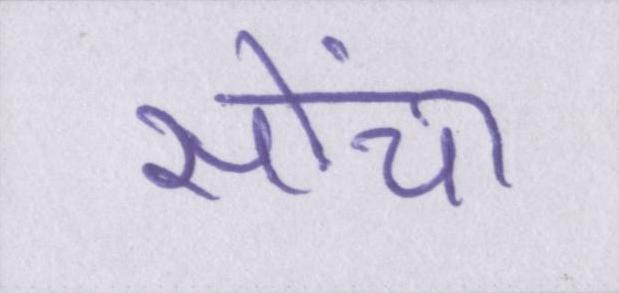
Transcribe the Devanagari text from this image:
सोंचा